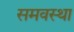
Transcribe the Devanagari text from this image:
समवस्था